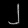
Digit: ၂